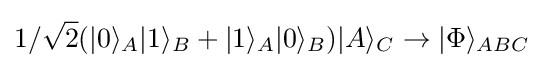
1/{\sqrt {2}}(|0\rangle _{A}|1\rangle _{B}+|1\rangle _{A}|0\rangle _{B})|A\rangle _{C}\rightarrow |\Phi \rangle _{ABC}